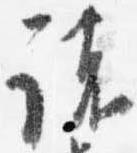
諸